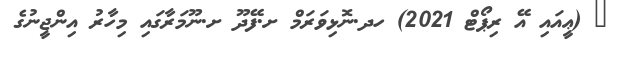
_ (ޢީއައި އޭ ރިޕޯޓް 2021) ހދ.ނޮޅިވަރަމް ށ.ފޭދޫ ށ.ނޫމަރާގައި މިހާރު އިންޖީނުގެ